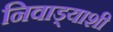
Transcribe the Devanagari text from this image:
निवाड्याशी